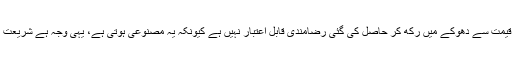
لہٰذاکسی دباؤکے تحت یا غلط تاثرکی بنیادپریادوسرے فریق کوچیز کی حقیقت سے بے خبریا اصل قیمت سے دھوکے میں رکھ کر حاصل کی گئی رضامندی قابل اعتبار نہیں ہے کیونکہ یہ مصنوعی ہوتی ہے، یہی وجہ ہے شریعت نے اس قسم کی دھوکہ دہی کی صورت میں متاثرہ فریق کو معاملہ منسوخ کرنے کا اختیار دیا ہے۔